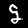
Label: 9